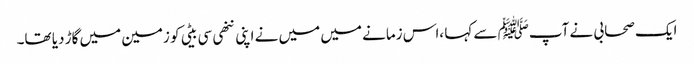
ایک صحابی نے آپﷺ سے کہا ،اس زمانے میں میں نے اپنی ننھی سی بیٹی کو زمین میں گاڑ دیا تھا۔